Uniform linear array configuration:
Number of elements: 16
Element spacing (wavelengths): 1
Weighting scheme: binomial
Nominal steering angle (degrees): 60
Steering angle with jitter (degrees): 60.12
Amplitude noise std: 0.05
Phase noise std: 0.05

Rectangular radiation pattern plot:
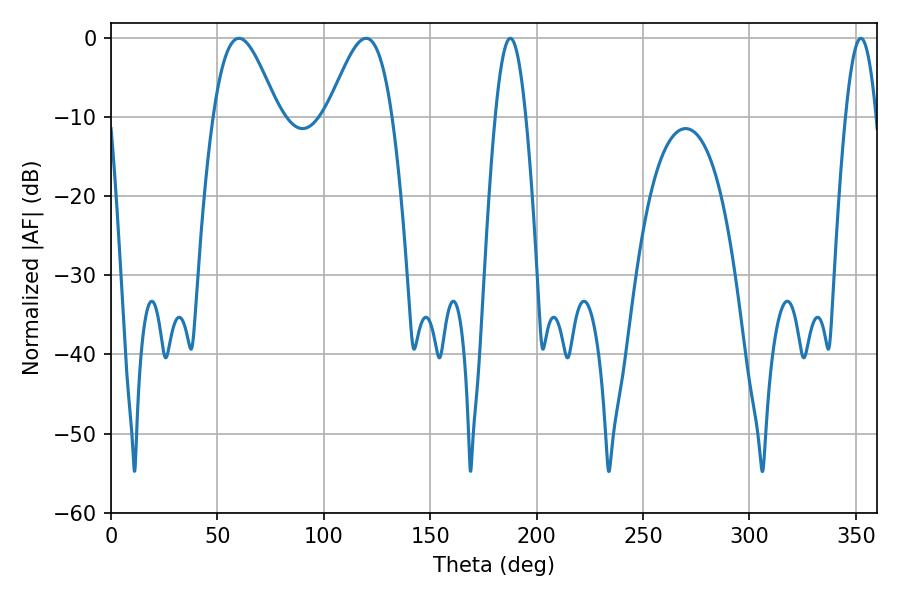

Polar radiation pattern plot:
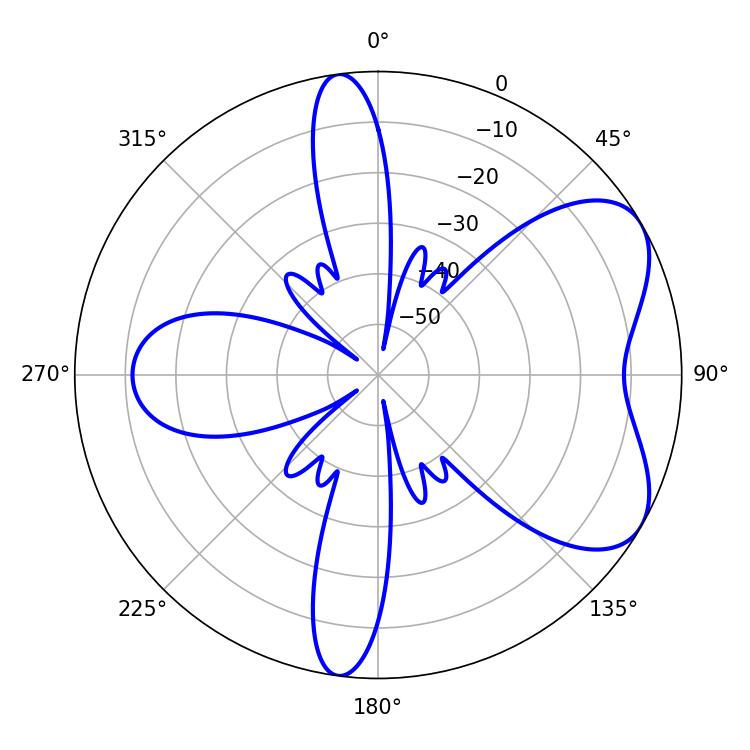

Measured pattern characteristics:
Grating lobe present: TRUE
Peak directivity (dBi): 5.984
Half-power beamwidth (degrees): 16.2
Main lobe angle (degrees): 60.12